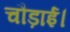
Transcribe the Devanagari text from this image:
चौड़ाई।